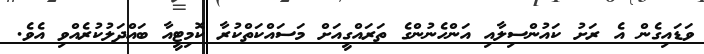
ވަޑައިގެން އެ ރަށު ކައުންސިލާއި އަންހެނުންގެ ތަރައްގީއަށް މަސައްކަތްކުރާ ކޮމިޓީއާ ބައްދަލުކުރެއްވި އެވެ.